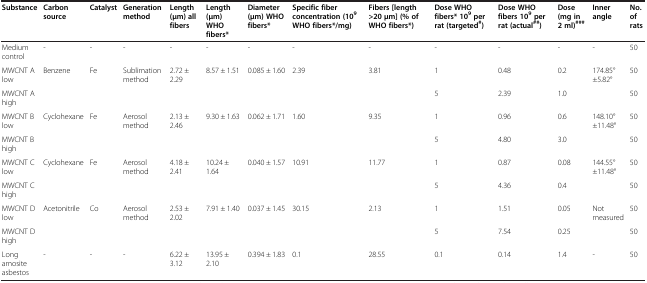
<table><thead><tr><td><b>Substance</b></td><td><b>Carbon source</b></td><td><b>Catalyst</b></td><td><b>Generation method</b></td><td><b>Length (μm) all fibers</b></td><td><b>Length (μm) WHO fibers*</b></td><td><b>Diameter (μm) WHO fibers*</b></td><td><b>Specific fiber concentration (10<sup>9</sup>WHO fibers*/mg)</b></td><td><b>Fibers [length &gt;20 μm] (% of WHO fibers*)</b></td><td><b>Dose WHO fibers* 10<sup>9</sup>per rat (targeted<sup>#</sup>)</b></td><td><b>Dose WHO fibers 10<sup>9</sup>per rat (actual<sup>##</sup>)</b></td><td><b>Dose (mg in 2 ml)<sup>###</sup></b></td><td><b>Inner angle</b></td><td><b>No. of rats</b></td></tr></thead><tbody><tr><td>Medium control</td><td>-</td><td>-</td><td>-</td><td>-</td><td>-</td><td>-</td><td>-</td><td>-</td><td>-</td><td>-</td><td>-</td><td>-</td><td>50</td></tr><tr><td>MWCNT A low</td><td rowspan="2">Benzene</td><td rowspan="2">Fe</td><td rowspan="2">Sublimation method</td><td rowspan="2">2.72 ± 2.29</td><td rowspan="2">8.57 ± 1.51</td><td rowspan="2">0.085 ± 1.60</td><td rowspan="2">2.39</td><td rowspan="2">3.81</td><td>1</td><td>0.48</td><td>0.2</td><td rowspan="2">174.85° ±5.82°</td><td>50</td></tr><tr><td>MWCNT A high</td><td>5</td><td>2.39</td><td>1.0</td><td>50</td></tr><tr><td>MWCNT B low</td><td rowspan="2">Cyclohexane</td><td rowspan="2">Fe</td><td rowspan="2">Aerosol method</td><td rowspan="2">2.13 ± 2.46</td><td rowspan="2">9.30 ± 1.63</td><td rowspan="2">0.062 ± 1.71</td><td rowspan="2">1.60</td><td rowspan="2">9.35</td><td>1</td><td>0.96</td><td>0.6</td><td rowspan="2">148.10° ±11.48°</td><td>50</td></tr><tr><td>MWCNT B high</td><td>5</td><td>4.80</td><td>3.0</td><td>50</td></tr><tr><td>MWCNT C low</td><td rowspan="2">Cyclohexane</td><td rowspan="2">Fe</td><td rowspan="2">Aerosol method</td><td rowspan="2">4.18 ± 2.41</td><td rowspan="2">10.24 ± 1.64</td><td rowspan="2">0.040 ± 1.57</td><td rowspan="2">10.91</td><td rowspan="2">11.77</td><td>1</td><td>0.87</td><td>0.08</td><td rowspan="2">144.55° ±11.48°</td><td>50</td></tr><tr><td>MWCNT C high</td><td>5</td><td>4.36</td><td>0.4</td><td>50</td></tr><tr><td>MWCNT D low</td><td rowspan="2">Acetonitrile</td><td rowspan="2">Co</td><td rowspan="2">Aerosol method</td><td rowspan="2">2.53 ± 2.02</td><td rowspan="2">7.91 ± 1.40</td><td rowspan="2">0.037 ± 1.45</td><td rowspan="2">30.15</td><td rowspan="2">2.13</td><td>1</td><td>1.51</td><td>0.05</td><td rowspan="2">Not measured</td><td>50</td></tr><tr><td>MWCNT D high</td><td>5</td><td>7.54</td><td>0.25</td><td>50</td></tr><tr><td>Long amosite asbestos</td><td>-</td><td>-</td><td>-</td><td>6.22 ± 3.12</td><td>13.95 ± 2.10</td><td>0.394 ± 1.83</td><td>0.1</td><td>28.55</td><td>0.1</td><td>0.14</td><td>1.4</td><td>-</td><td>50</td></tr></tbody></table>